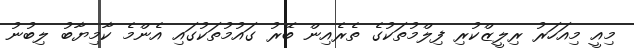
މިއީ މިއަހަރު ރިލީޒްކުރި ފިލްމުތަކުގެ ތެރެއިން ބޭރު ގައުމުތަކުގައި އެންމެ ކާމިޔާބު ލިބުނު